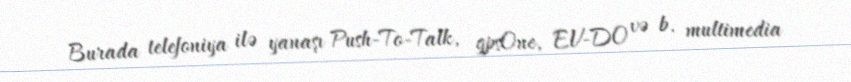
Burada telefoniya ilə yanaşı Push-To-Talk, gpsOne, EV-DO və b. multimedia